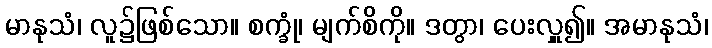
မာနုသံ၊ လူ၌ဖြစ်သော။ စက္ခုံ၊ မျက်စိကို။ ဒတွာ၊ ပေးလှူ၍။ အမာနုသံ၊